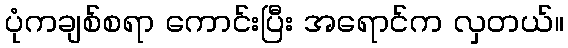
ပုံကချစ်စရာ ကောင်းပြီး အရောင်က လှတယ်။